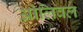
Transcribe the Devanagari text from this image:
ओलिवल